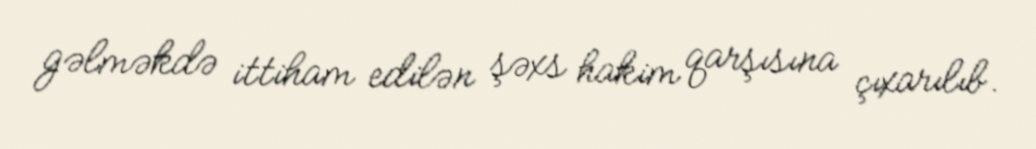
gəlməkdə ittiham edilən şəxs hakim qarşısına çıxarılıb.